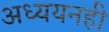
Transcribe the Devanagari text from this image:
अध्ययनही